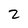
Character: 2